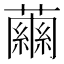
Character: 𧁥